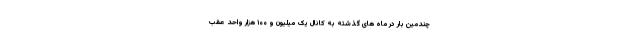
چندمین بار در ماه های گذشته به کانال یک میلیون و ۱۰۰ هزار واحد عقب